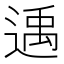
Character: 𨕘